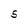
Character: 5